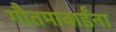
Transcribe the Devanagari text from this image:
गौतमाबाईंना